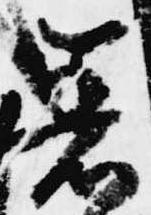
着